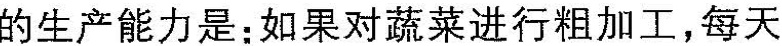
的生产能力是：如果对蔬菜进行粗加工，每天